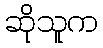
ဆိုသူက